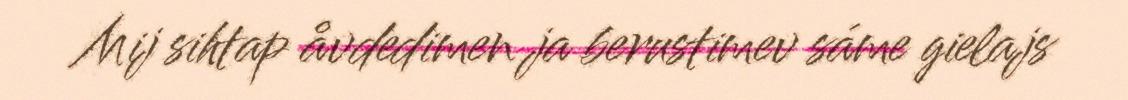
Mij sihtap åvdedimen ja berustimev sáme gielajs